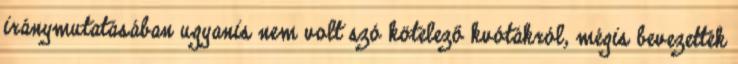
iránymutatásában ugyanis nem volt szó kötelező kvótákról, mégis bevezették